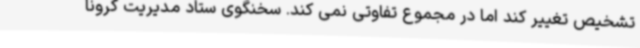
تشخیص تغییر کند اما در مجموع تفاوتی نمی کند. سخنگوی ستاد مدیریت کرونا